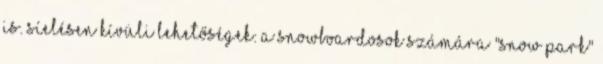
is. Síelésen kívüli lehetőségek: a Snowboardosok számára "Snow Park"